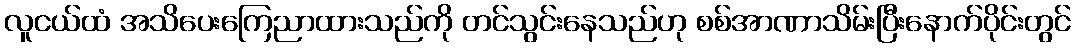
လူငယ်ထံ အသိပေးကြေညာထားသည်ကို တင်သွင်းနေသည်ဟု စစ်အာဏာသိမ်းပြီးနောက်ပိုင်းတွင်